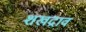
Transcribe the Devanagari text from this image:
शखद्राव